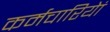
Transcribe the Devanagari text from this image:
कर्मचारियेां